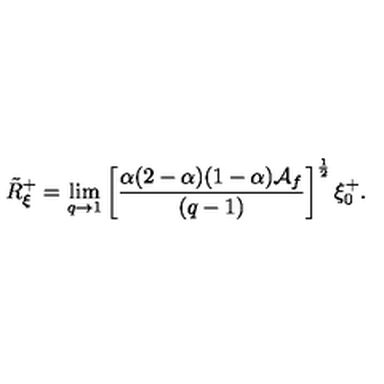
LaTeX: \tilde { R } _ { \xi } ^ { + } = \lim _ { q \to 1 } \left[ \frac { \alpha ( 2 - \alpha ) ( 1 - \alpha ) \mathcal { A } _ { f } } { ( q - 1 ) } \right] ^ { \frac { 1 } { 2 } } \xi _ { 0 } ^ { + } .